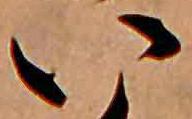
い